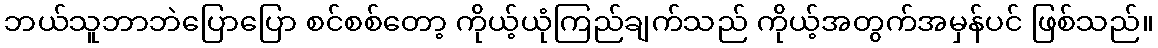
ဘယ်သူဘာဘဲပြောပြော စင်စစ်တော့ ကိုယ့်ယုံကြည်ချက်သည် ကိုယ့်အတွက်အမှန်ပင် ဖြစ်သည်။